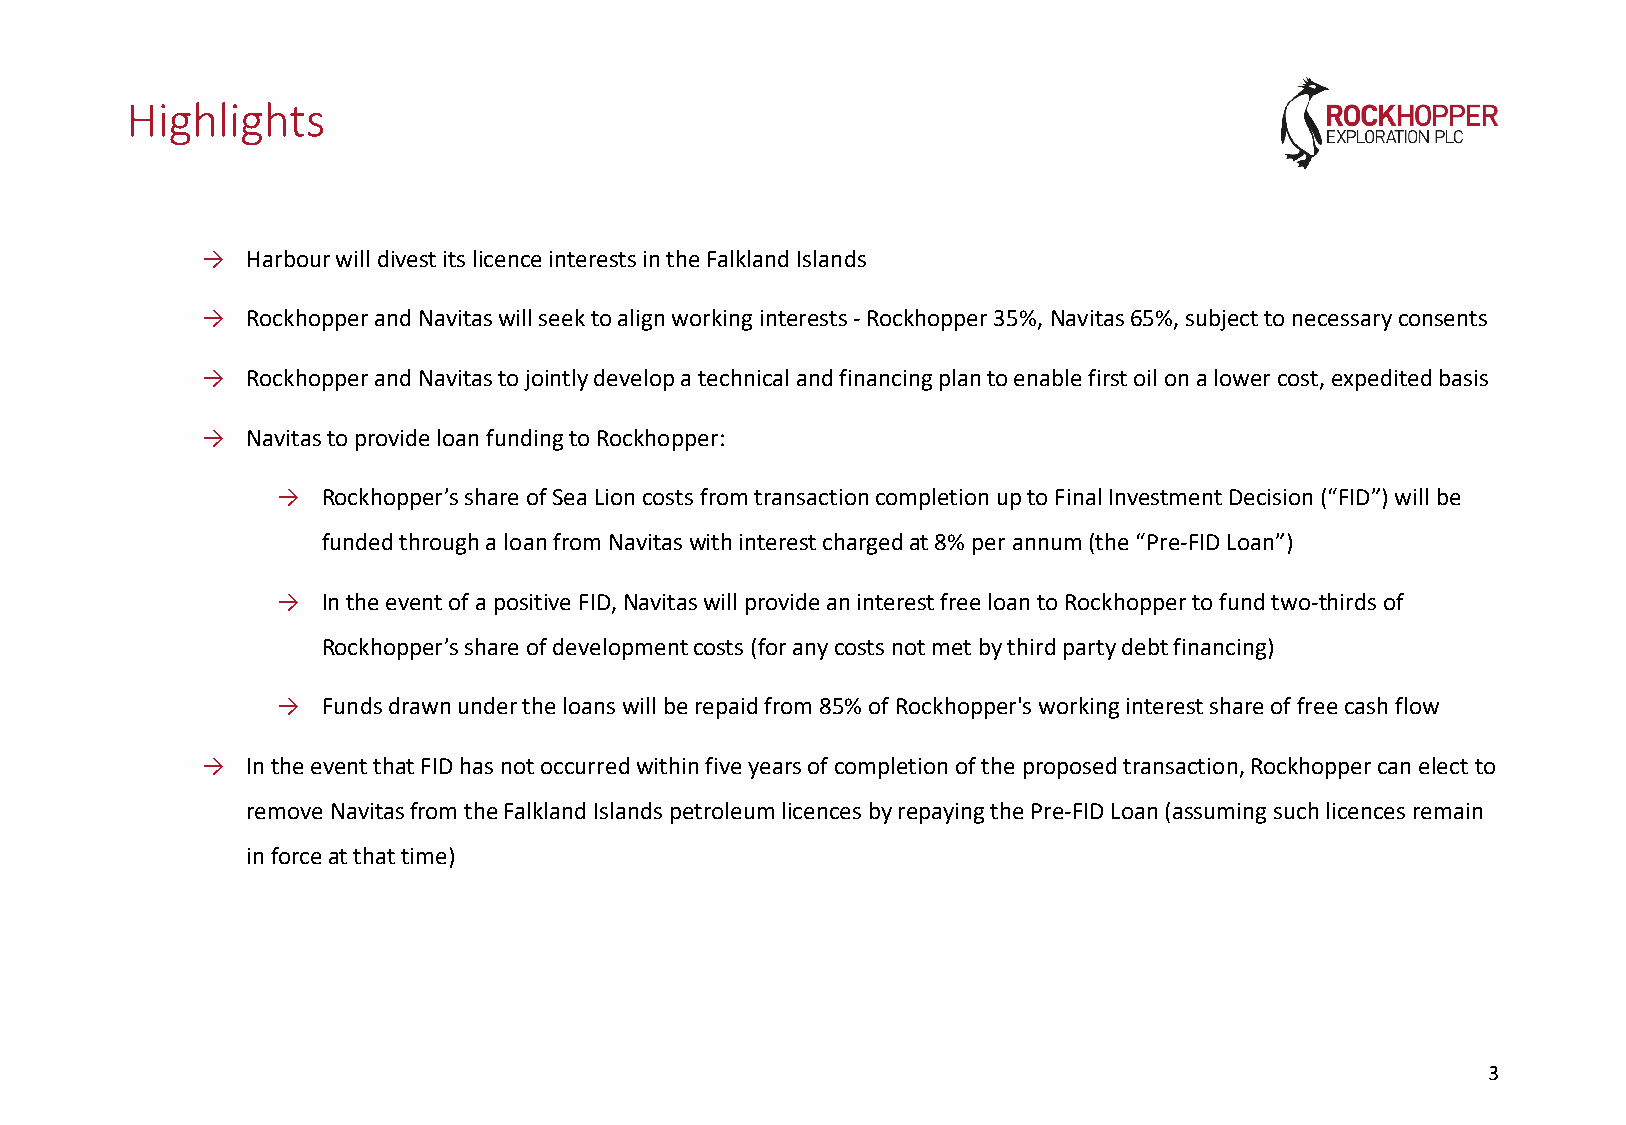
Highlights
 →  Harbour will divest its licence interests in the Falkland Islands
 →  Rockhopper and Navitaswill seek to align working interests -Rockhopper 35%, Navitas65%, subject to necessary consents
 →  Rockhopper and Navitasto jointly develop a technical and financing plan to enable first oil on a lower cost, expedited basis
 →  Navitasto provide loan funding to Rockhopper:
 →  Rockhopper’s share of Sea Lion costs from transaction completion up to Final Investment Decision (“FID”) will be
 funded through a loan from Navitaswith interest charged at 8% per annum (the “Pre-FID Loan”)
 →  In the event of a positive FID, Navitaswill provide an interest free loan to Rockhopper to fund two-thirds of
 Rockhopper’s share of development costs (for any costs not met by third party debt financing)
 →  Funds drawn under the loans will be repaid from 85% of Rockhopper's working interest share of free cash flow
 →  In the event that FID has not occurred within five years of completion of the proposed transaction, Rockhopper can elect to
 remove Navitasfrom the Falkland Islands petroleum licences by repaying the Pre-FID Loan (assuming such licences remain
 in force at that time)
 33